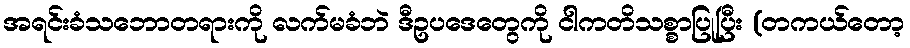
အရင်းခံသဘောတရားကို လက်မခံဘဲ ဒီဥပဒေတွေကို ငါကတိသစ္စာပြုပြီး (တကယ်တော့